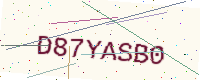
Text: D87YASB0